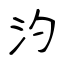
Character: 汋